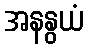
အနနွယံ